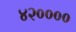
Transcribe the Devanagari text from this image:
४२००००